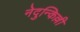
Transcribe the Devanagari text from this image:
नेदुन्किल्ली